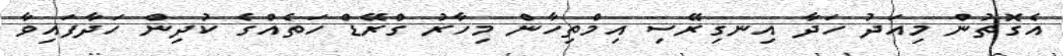
އެގޮތުން މިއަދު ހަދާ އިނގިރޭސި އިމްތިހާން މިހާރު ގްރޭޑް ހަތެއްގެ ކުދިން ހަދާފައިވާ